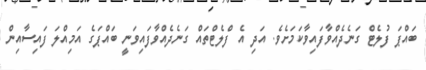
ބައްޕަ ފުލެޓް ގަނެދެއްވާފައިވާކަމަށެވެ. އަދި އެ ފްލެޓްތައް ގަނެދެއްވާފައިވަނީ ބައްޕަގެ އަމިއްލަ ފައިސާއިން